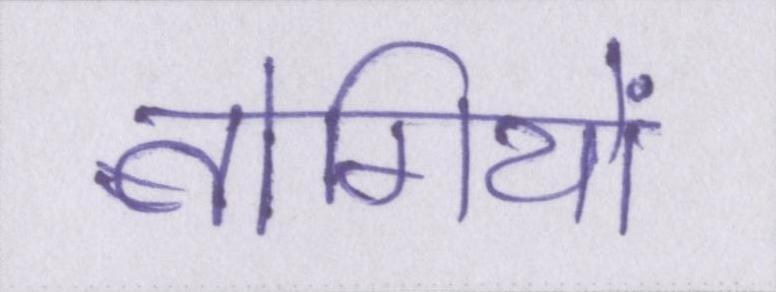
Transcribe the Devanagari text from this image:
बोगियों